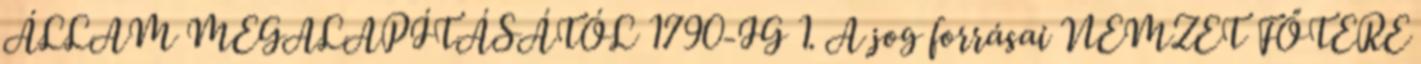
ÁLLAM MEGALAPÍTÁSÁTÓL 1790-IG 1. A jog forrásai NEMZET FŐTERE